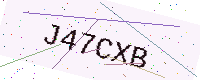
Text: J47CXB